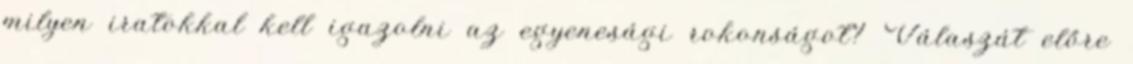
milyen iratokkal kell igazolni az egyenesági rokonságot? Válaszát előre